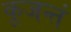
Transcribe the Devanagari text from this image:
कूजन्तं